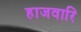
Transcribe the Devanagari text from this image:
हाजवारि